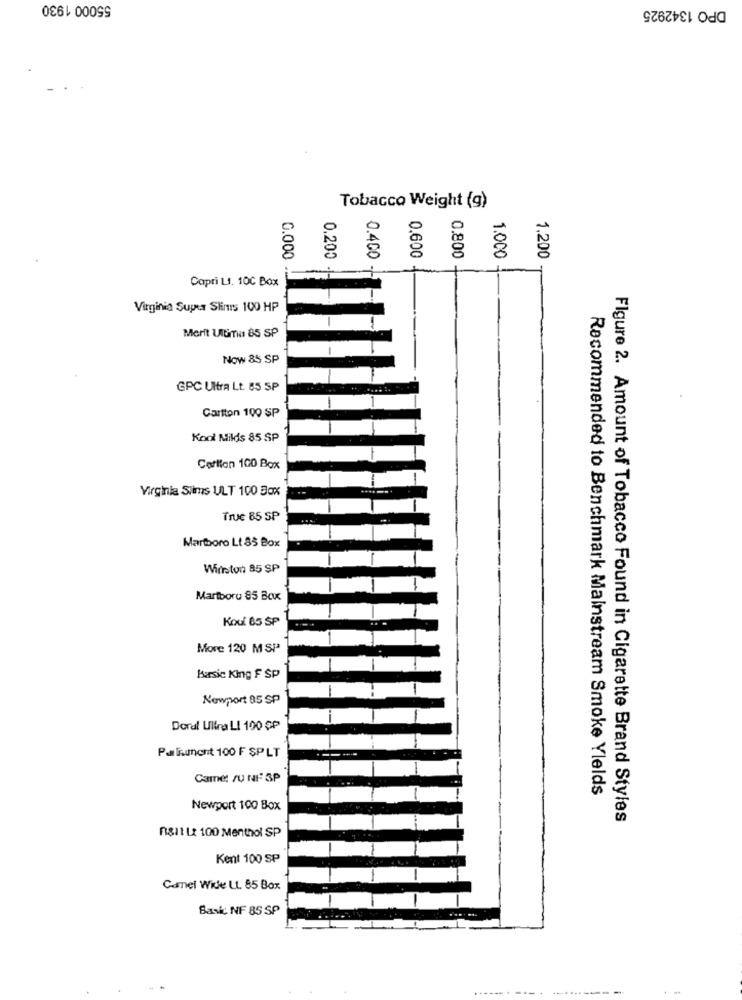
55000 1930
DPO 1342925
Tobacco Weight (g)
0
0
00
8
0.200
1.000
0.600
1.200
0.400 -
Copri L1. 100 Box
Virginia Super Slims 100 HP
Merit Ultima 85 SP
Now 85 SP
GPC Ultra Lt. 85 SP
Cartton 100 SP
Kool Milds 85 SP
Cartlon 100 Box
Virginia Slims ULT 100 Box
True 85 SP
Martboro Lt 85 Box
Wirton 85 SP
Martboru 85 Box
Koul 65 SP
More 120 MSP
Basic King F SP
Newport 95 SP
Doral Ultra LI 100 $P
Palinment 100 F SP LT
Came: /U NF 3P
Recommended to Benchmark Mainstream Smoke Yields
Newport 100 Box
Figure 2. Amount of Tobacco Found in Cigarette Brand Styles
R&It Lt 100 Menthol SP
Kent 100 SP
Canel Wife LL. 85 Box
Bask NF 85 SP
.... ...